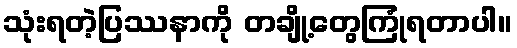
သုံးရတဲ့ပြဿနာကို တချို့တွေကြုံရတာပါ။